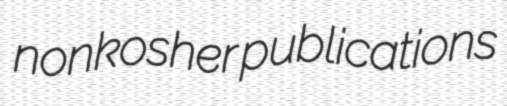
nonkosher publications